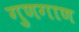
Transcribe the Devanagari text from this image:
गुणगाण